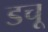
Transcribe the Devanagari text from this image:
डचू